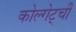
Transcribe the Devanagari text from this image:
कोल्गेट्ची